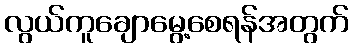
လွယ်ကူချောမွေ့စေရန်အတွက်